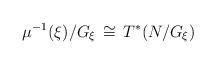
LaTeX: \begin{align*}\mu^{-1}(\xi)/G_\xi\,\cong \,T^*(N/G_\xi)\end{align*}